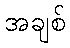
အချစ်